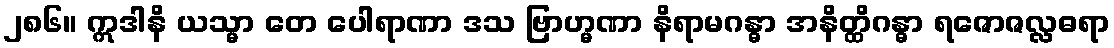
၂၈၆။ ဣဒါနိ ယသ္မာ တေ ပေါရာဏာ ဒသ ဗြာဟ္မဏာ နိရာမဂန္ဓာ အနိတ္ထိဂန္ဓာ ရဇောဇလ္လဓရာ